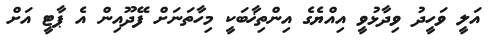
އަލީ ވަހީދު ވިދާޅުވީ އިއްޔެގެ އިންތިޚާބަކީ މިހާތަނަށް ފޭދޫއިން އެ ޕާޓީ އަށް